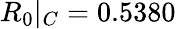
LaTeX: R_{0}|_{C}=0.5380